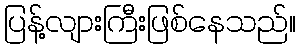
ပြန့်လျားကြီးဖြစ်နေသည်။